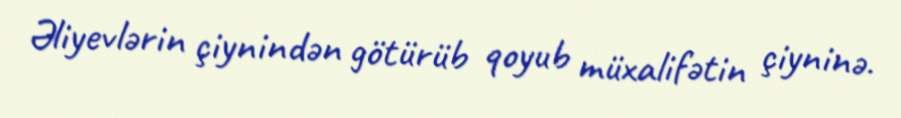
Əliyevlərin çiynindən götürüb qoyub müxalifətin çiyninə.